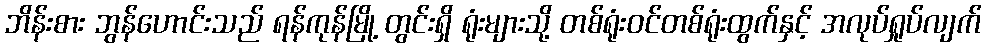
ဘိန်းစား ဘွန်ဟောင်းသည် ရန်ကုန်မြို့ တွင်းရှိ ရုံးများသို့ တစ်ရုံးဝင်တစ်ရုံးထွက်နှင့် အလုပ်ရှုပ်လျက်